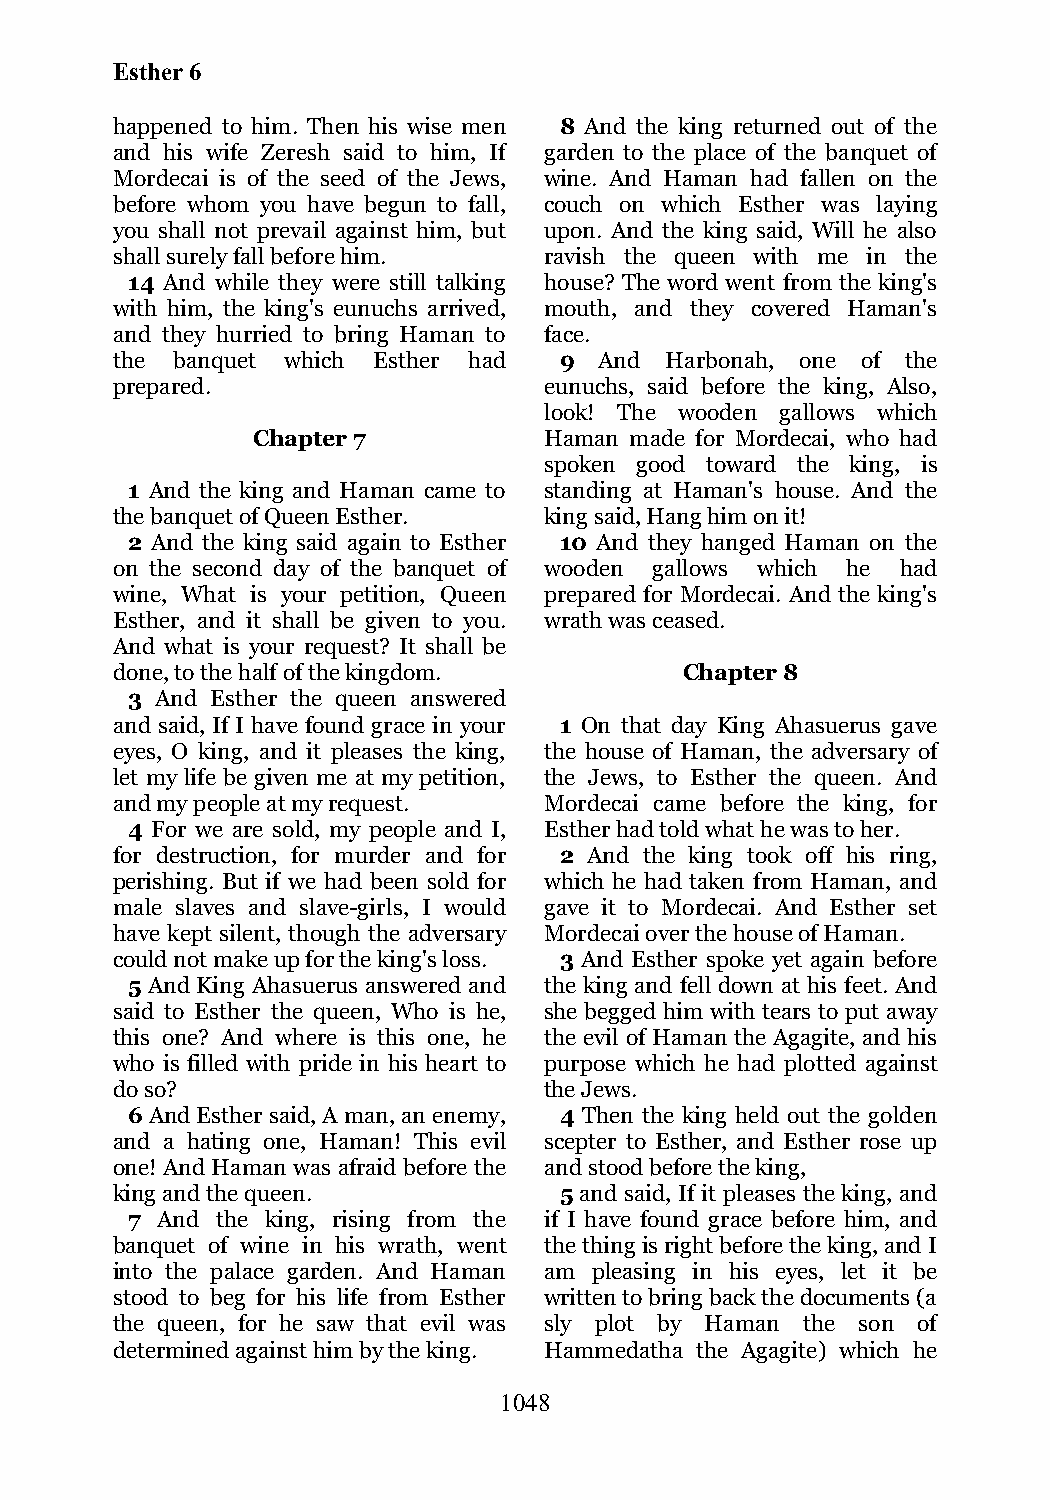
Esther 6
 happened to him. Then his wise men 8 And the king returned out of the
 and his wife Zeresh said to him, If garden to the place of the banquet of
 Mordecai is of the seed of the Jews, wine. And Haman had fallen on the
 before whom you have begun to fall, couch on which Esther was laying
 you shall not prevail against him, but upon. And the king said, Will he also
 shall surely fall before him. ravish the queen with me in the
 14 And while they were still talking house? The word went from the king's
 with him, the king's eunuchs arrived, mouth, and they covered Haman's
 and they hurried to bring Haman to face.
 the banquet which Esther had  9  And Harbonah, one of the
 prepared.                    eunuchs, said before the king, Also,
 look! The wooden gallows which
 Chapter 7          Haman made for Mordecai, who had
 spoken good toward the king, is
 1 And the king and Haman came to standing at Haman's house. And the
 the banquet of Queen Esther. king said, Hang him on it!
 2 And the king said again to Esther 10 And they hanged Haman on the
 on the second day of the banquet of wooden gallows which he had
 wine, What is your petition, Queen prepared for Mordecai. And the king's
 Esther, and it shall be given to you. wrath was ceased.
 And what is your request? It shall be
 done, to the half of the kingdom.     Chapter 8
 3 And Esther the queen answered
 and said, If I have found grace in your 1 On that day King Ahasuerus gave
 eyes, O king, and it pleases the king, the house of Haman, the adversary of
 let my life be given me at my petition, the Jews, to Esther the queen. And
 and my people at my request. Mordecai came before the king, for
 4 For we are sold, my people and I, Esther had told what he was to her.
 for destruction, for murder and for 2 And the king took off his ring,
 perishing. But if we had been sold for which he had taken from Haman, and
 male slaves and slave-girls, I would gave it to Mordecai. And Esther set
 have kept silent, though the adversary Mordecai over the house of Haman.
 could not make up for the king's loss. 3 And Esther spoke yet again before
 5 And King Ahasuerus answered and the king and fell down at his feet. And
 said to Esther the queen, Who is he, she begged him with tears to put away
 this one? And where is this one, he the evil of Haman the Agagite, and his
 who is filled with pride in his heart to purpose which he had plotted against
 do so?                       the Jews.
 6 And Esther said, A man, an enemy, 4 Then the king held out the golden
 and a hating one, Haman! This evil scepter to Esther, and Esther rose up
 one! And Haman was afraid before the and stood before the king,
 king and the queen.           5 and said, If it pleases the king, and
 7 And the king, rising from the if I have found grace before him, and
 banquet of wine in his wrath, went the thing is right before the king, and I
 into the palace garden. And Haman am pleasing in his eyes, let it be
 stood to beg for his life from Esther written to bring back the documents (a
 the queen, for he saw that evil was sly plot by Haman the son of
 determined against him by the king. Hammedatha the Agagite) which he
 1048